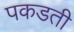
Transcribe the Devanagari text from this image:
पकडती